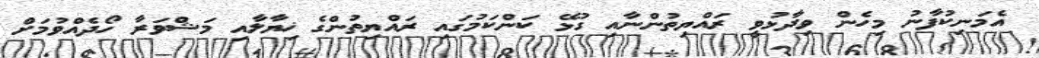
އެމަނިކުފާނު މިހެން ވިދާޅުވީ ރައްޔިތުންނާއި ގުޅޭ ކަންކަމުގައި ރައްޔިތުންގެ ޚިޔާލާއި މަޝްވަރާ ހޯދެއްވުމަށް